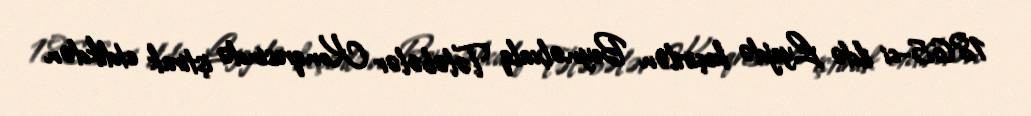
1865-ci ildə Lyejdə keçirilən Beynəlxalq Tələbələr Konqresində iştirak etdikdən